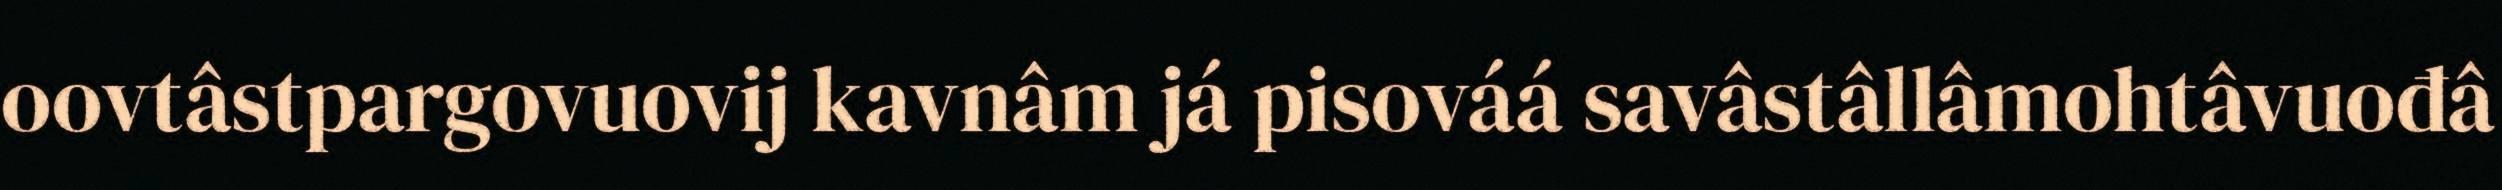
oovtâstpargovuovij kavnâm já pisováá savâstâllâmohtâvuođâ